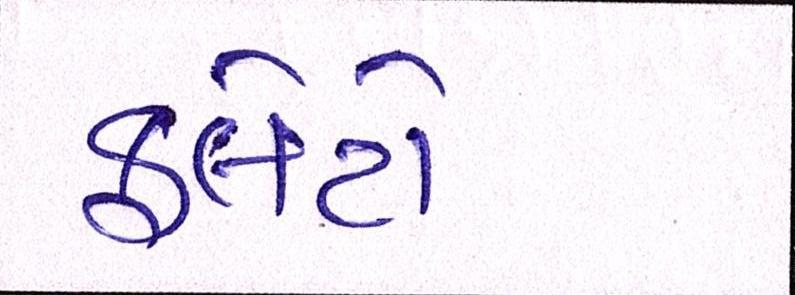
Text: ફ્લેટો